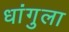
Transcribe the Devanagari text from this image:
धांगुला